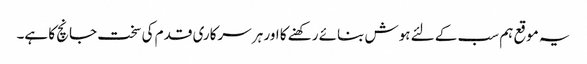
یہ موقع ہم سب کے لئے ہوش بنائے رکھنے کا اور ہر سرکاری قدم کی سخت جانچ کا ہے۔